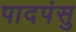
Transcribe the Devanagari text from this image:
पादपंसु